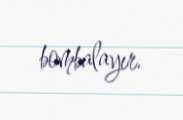
bombalayır.